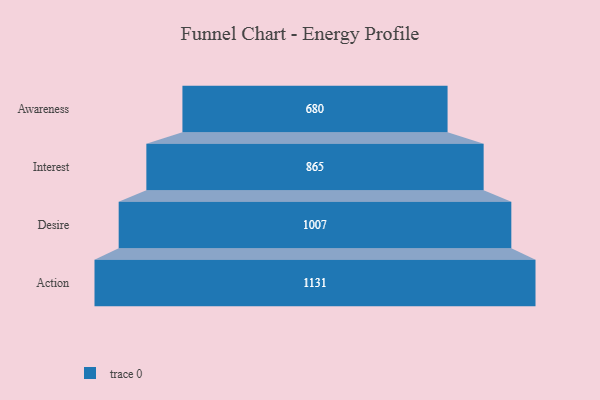
{"axis": {"x": "Stage", "y": "Value"}, "legend": [""], "data": [{"x": "Awareness", "y": 680.0, "type": ""}, {"x": "Interest", "y": 865.0, "type": ""}, {"x": "Desire", "y": 1007.0, "type": ""}, {"x": "Action", "y": 1131.0, "type": ""}]}